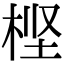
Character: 㭴